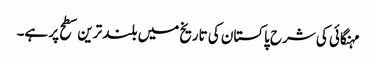
مہنگائی کی شرح پاکستان کی تاریخ میں بلند ترین سطح پر ہے۔